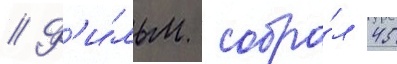
// Ф'и́льм собра́л 45